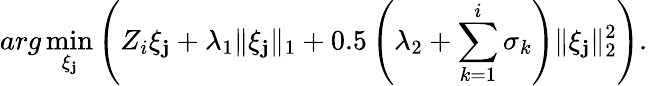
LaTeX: arg\operatorname*{min}_{\xi_{\mathbf{j}}}\left(Z_{i}\xi_{\mathbf{j}}+\lambda_{1}\| \xi_{\mathbf{j}}\| _{1}+0.5\left(\lambda_{2}+\sum_{k=1}^{i}\sigma_{k}\right)\| \xi_{\mathbf{j}}\| _{2}^{2}\right).